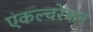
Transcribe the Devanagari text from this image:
एकल्चरेशन